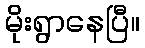
မိုးရွာနေပြီ။